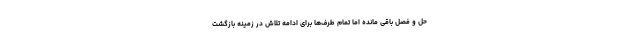
حل و فصل باقی مانده اما تمام طرف‌ها برای ادامه تلاش‌ در زمینه بازگشت